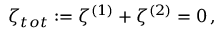
\zeta _ { t o t } : = \zeta ^ { ( 1 ) } + \zeta ^ { ( 2 ) } = 0 \, ,